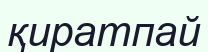
қиратпай